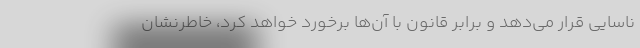
ناسایی قرار می‌دهد و برابر قانون با آن‌ها برخورد خواهد کرد، خاطرنشان